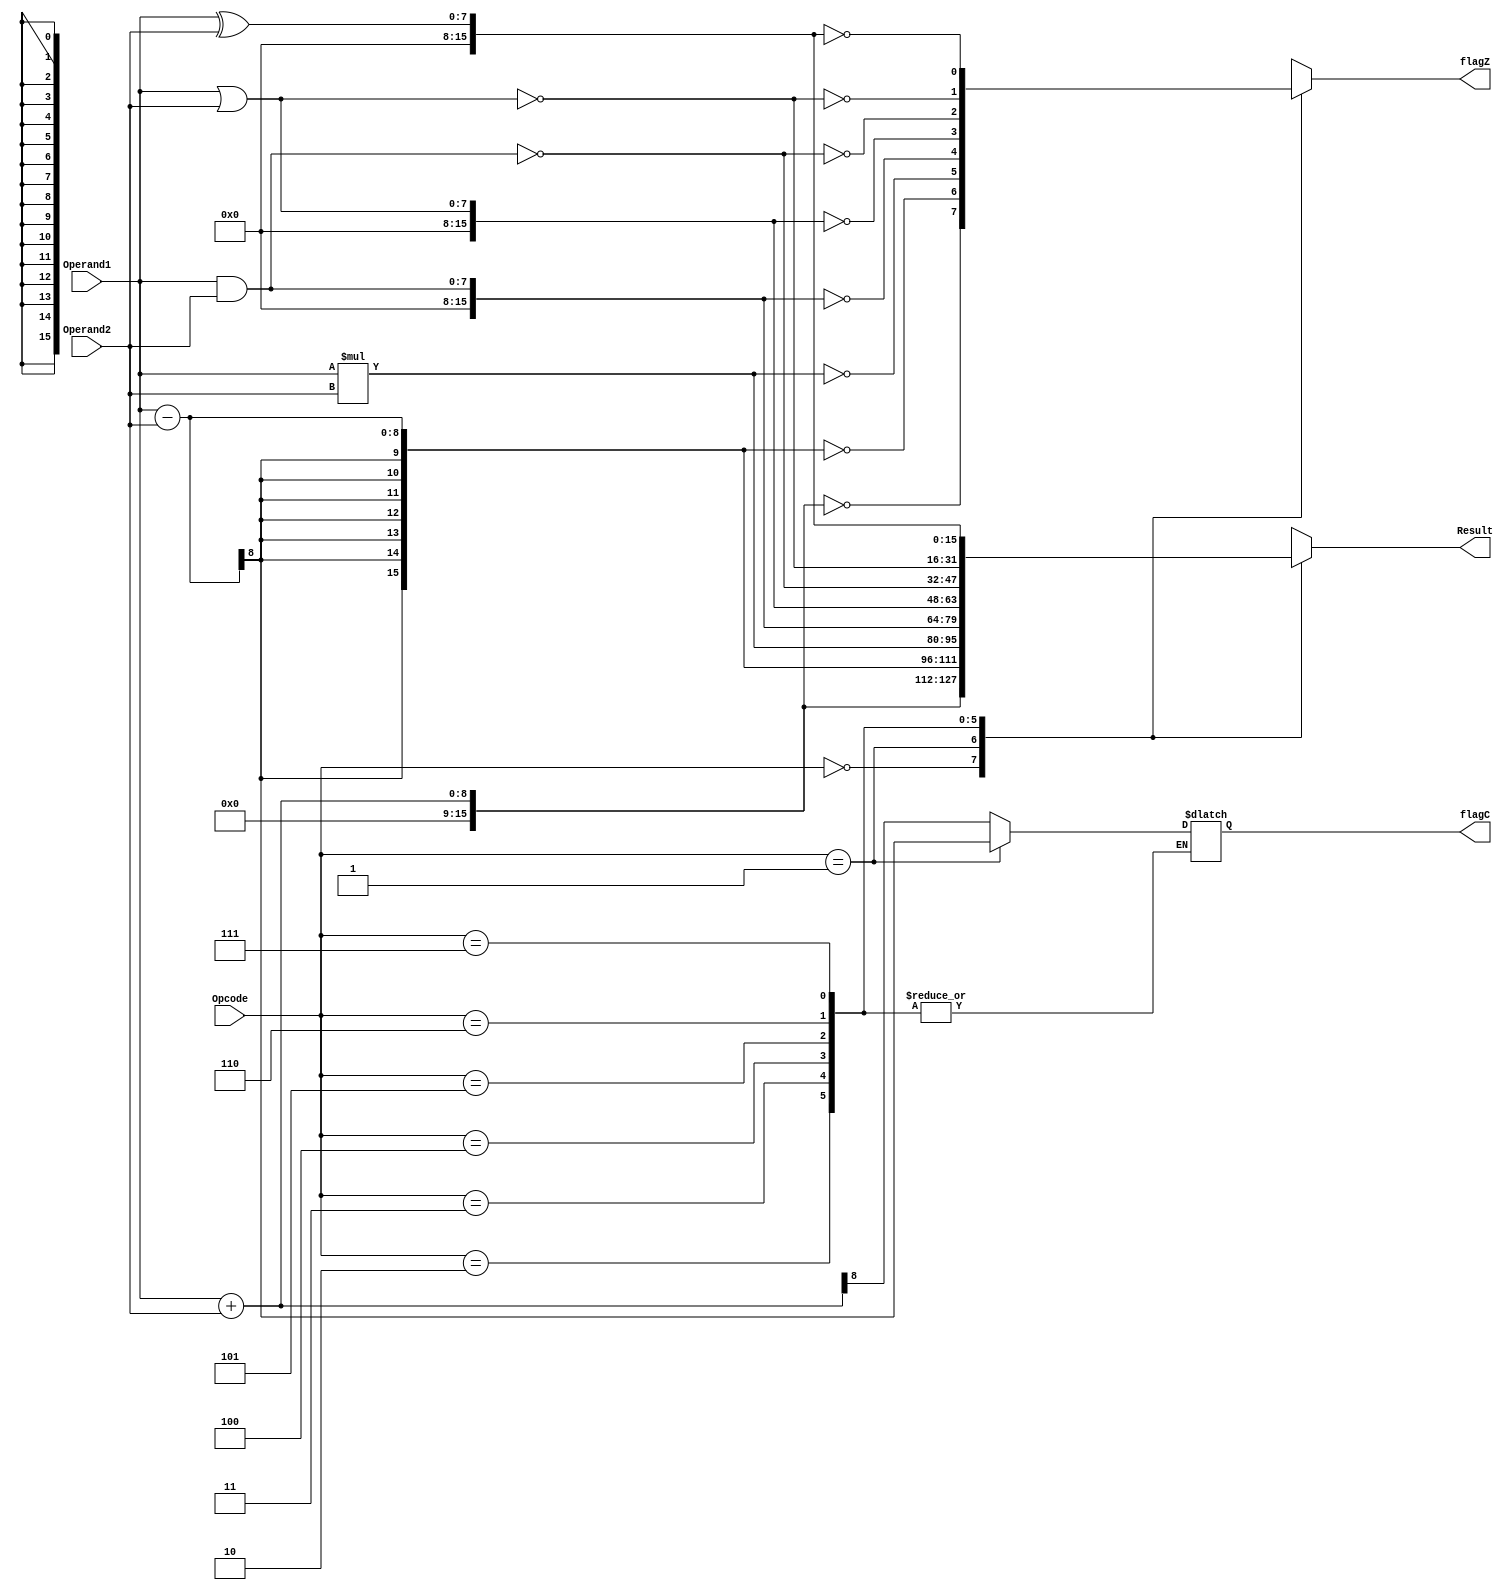
module ALU_8bit ( Opcode, Operand1, Operand2, Result, flagC, flagZ);

input [2:0] Opcode; 
input [7:0] Operand1, Operand2;

output reg [15:0] Result = 16'b0;

output reg 
flagC = 1'b0,
flagZ = 1'b0; 

parameter [2:0]
ADD = 3'b000,
SUB = 3'b001, 
MUL = 3'b010,
AND = 3'b011,
OR = 3'b100,
NAND = 3'b101,
NOR = 3'b110,
XOR = 3'b111;

always @ (Opcode or Operand1 or Operand2) begin

case (Opcode)

ADD: begin
Result = Operand1 + Operand2; 
flagC = Result [8];
flagZ = (Result == 16'b0);
end

SUB: begin
Result = Operand1 - Operand2;
flagC = Result [8];
flagZ =(Result == 16'b0);
end

MUL: begin
Result = Operand1 * Operand2;
flagZ = (Result == 16'b0);
end

AND: begin
Result = Operand1 & Operand2;
flagZ = (Result==16'b0);
end

OR: begin
Result = Operand1 | Operand2; 
flagZ = (Result == 16'b0);
end

NAND: begin
Result = ~(Operand1 & Operand2); 
flagZ = (Result == 16'b0);
end

NOR: begin
Result = ~(Operand1 | Operand2); 
flagZ = (Result == 16'b0); 
end

XOR: begin
Result = Operand1 ^ Operand2;
flagZ = (Result == 16'b0);
end

default: begin
Result = 16'b0;
flagC = 1'b0;
flagZ = 1'b0;
end

endcase
end
endmodule